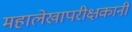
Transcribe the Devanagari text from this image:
महालेखापरीक्षकानी